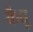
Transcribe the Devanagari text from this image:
कैधू